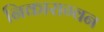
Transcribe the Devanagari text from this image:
निकाराग्वन